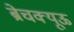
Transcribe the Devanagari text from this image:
ब्रेचक्यूऊ